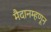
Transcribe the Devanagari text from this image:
मैदानम्हणून